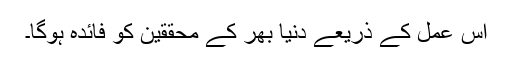
اس عمل کے ذریعے دنیا بھر کے محققین کو فائدہ ہوگا۔